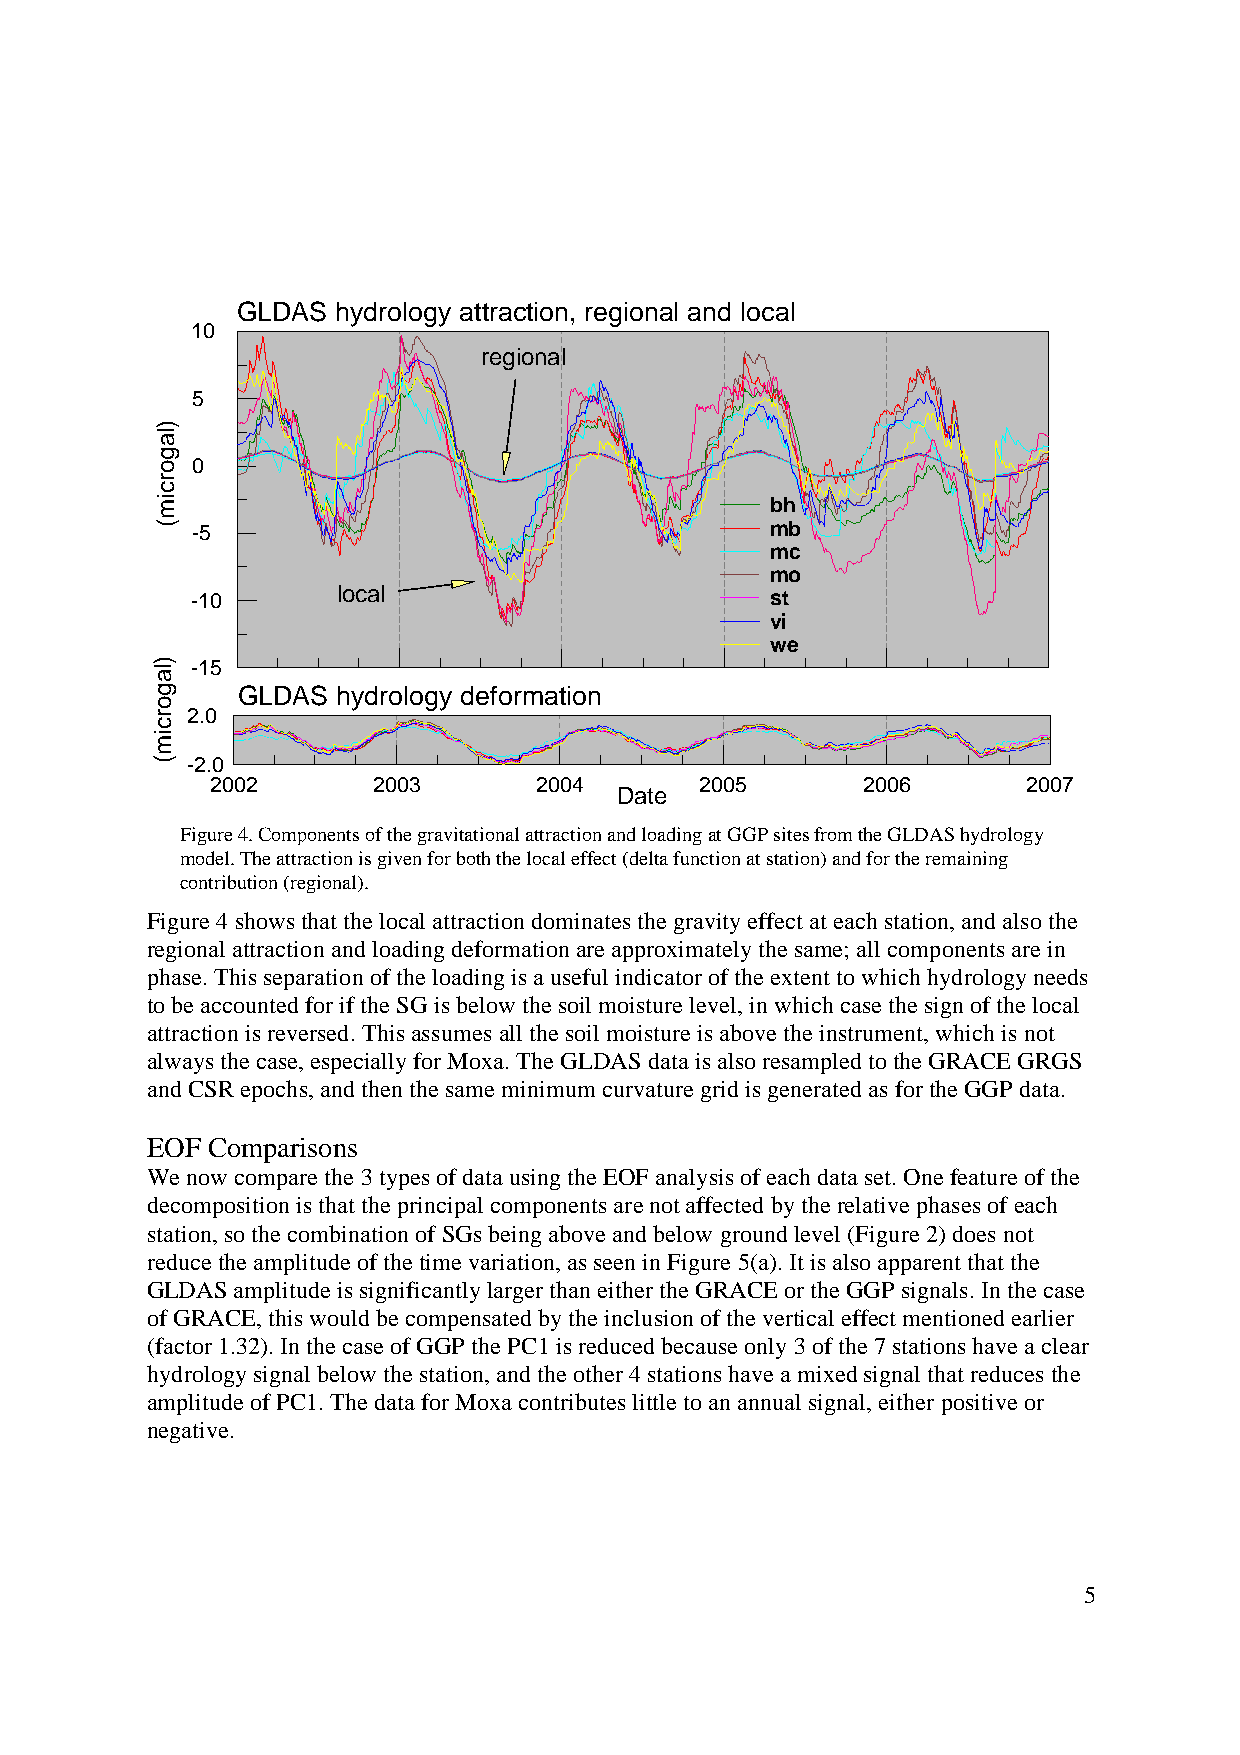
GLDAS hydrology attraction, regional and local
 10
 regional
 5
 0
 bh
 -5                                    mb
 mc
 mo
 -10      local                        st
 vi
 we
 -15
 GLDAS hydrology deformation
 2.0
 -2.0
 2002       2003      2004       2005       2006       2007
 Date
 Figure 4. Components of the gravitational attraction and loading at GGP sites from the GLDAS hydrology
 model. The attraction is given for both the local effect (delta function at station) and for the remaining
 contribution (regional).
 Figure 4 shows that the local attraction dominates the gravity effect at each station, and also the
 regional attraction and loading deformation are approximately the same; all components are in
 phase. This separation of the loading is a useful indicator of the extent to which hydrology needs
 to be accounted for if the SG is below the soil moisture level, in which case the sign of the local
 attraction is reversed. This assumes all the soil moisture is above the instrument, which is not
 always the case, especially for Moxa. The GLDAS data is also resampled to the GRACE GRGS
 and CSR epochs, and then the same minimum curvature grid is generated as for the GGP data.
 EOF Comparisons
 We now compare the 3 types of data using the EOF analysis of each data set. One feature of the
 decomposition is that the principal components are not affected by the relative phases of each
 station, so the combination of SGs being above and below ground level (Figure 2) does not
 reduce the amplitude of the time variation, as seen in Figure 5(a). It is also apparent that the
 GLDAS amplitude is significantly larger than either the GRACE or the GGP signals. In the case
 of GRACE, this would be compensated by the inclusion of the vertical effect mentioned earlier
 (factor 1.32). In the case of GGP the PC1 is reduced because only 3 of the 7 stations have a clear
 hydrology signal below the station, and the other 4 stations have a mixed signal that reduces the
 amplitude of PC1. The data for Moxa contributes little to an annual signal, either positive or
 negative.
 5
 )lagorcim(
 )lagorcim(